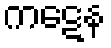
ကဋေန